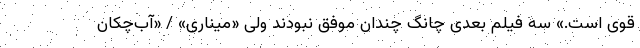
قوی است.» سه فیلم بعدی چانگ چندان موفق نبودند ولی «میناری» / «آب‌چکان